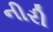
નીરી